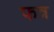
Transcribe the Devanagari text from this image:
फत्र